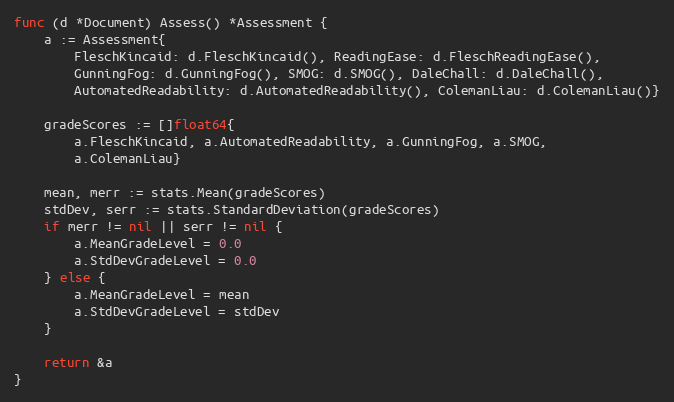
Language: Go
func (d *Document) Assess() *Assessment {
	a := Assessment{
		FleschKincaid: d.FleschKincaid(), ReadingEase: d.FleschReadingEase(),
		GunningFog: d.GunningFog(), SMOG: d.SMOG(), DaleChall: d.DaleChall(),
		AutomatedReadability: d.AutomatedReadability(), ColemanLiau: d.ColemanLiau()}

	gradeScores := []float64{
		a.FleschKincaid, a.AutomatedReadability, a.GunningFog, a.SMOG,
		a.ColemanLiau}

	mean, merr := stats.Mean(gradeScores)
	stdDev, serr := stats.StandardDeviation(gradeScores)
	if merr != nil || serr != nil {
		a.MeanGradeLevel = 0.0
		a.StdDevGradeLevel = 0.0
	} else {
		a.MeanGradeLevel = mean
		a.StdDevGradeLevel = stdDev
	}

	return &a
}